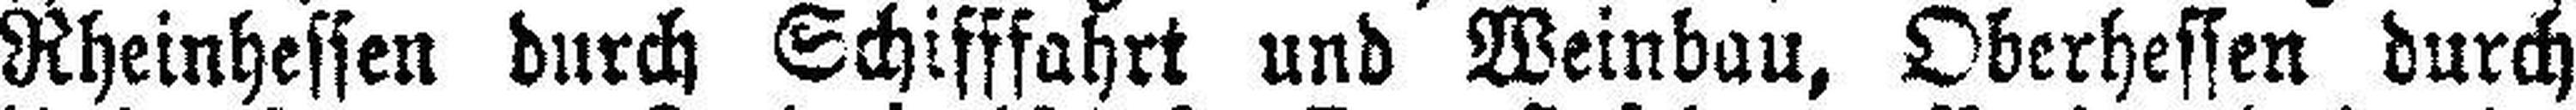
Rheinhessen durch Schifffahrt und Weinbau, Oberhessen durch